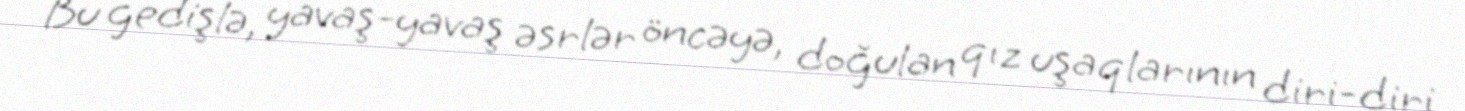
Bu gedişlə, yavaş-yavaş əsrlər öncəyə, doğulan qız uşaqlarının diri-diri